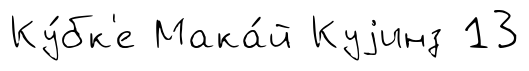
Ку́бк'е Мака́й Куjинз 13